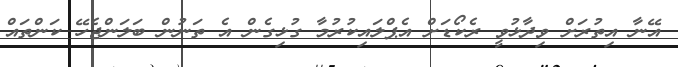
އޭނާ އިތުރަށް ވިދާޅުވީ ރެކޯޑަށް އެޕްލައިކުރުމާ ގުޅިގެން އެ ތަނުން ބަލަންޖެހޭ ކަންތައް